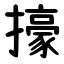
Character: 㩝